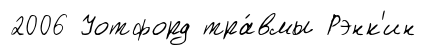
2006 Уотфорд тра́вмы Рэнк'ин